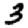
Digit: 3